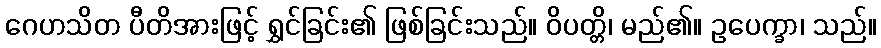
ဂေဟသိတ ပီတိအားဖြင့် ရွှင်ခြင်း၏ ဖြစ်ခြင်းသည်။ ဝိပတ္တိ၊ မည်၏။ ဥပေက္ခာ၊ သည်။